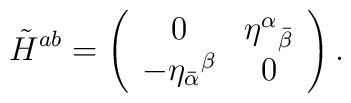
\tilde H^{ab} = \left(\begin{array}{cc}0 & {\eta^\alpha}_{\bar\beta} \\ - {\eta_{\bar\alpha}}^\beta & 0\end{array}\right).